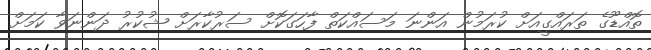
ތޮއްޑޫގެ ތަރައްގީއަށް ކުރަމުން އަންނަ މަސައްކަތް ފާހަގަކޮށް ސަރުކާރަށް ޝުކުރު ދަންނަވާ ކަމަށް